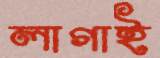
লাগাই